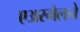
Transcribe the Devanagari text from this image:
एअरमेलने